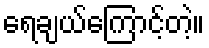
ရေချယ်ကြောင့်တဲ့။